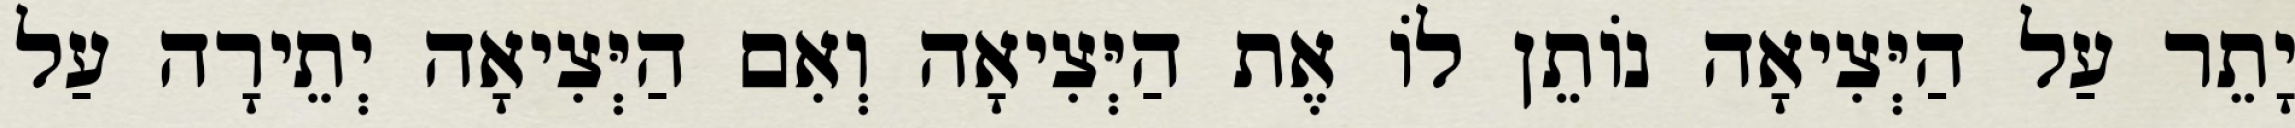
יָתֵר עַל הַיְּצִיאָה נוֹתֵן לוֹ אֶת הַיְּצִיאָה וְאִם הַיְּצִיאָה יְתֵירָה עַל